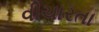
વીચારતા